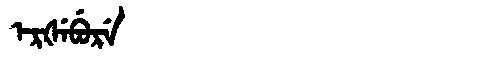
Manchu: ᡝᡵᡧᡝᠪᡠᡵᡝ
Romanization: ERŠEBURE